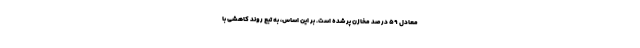
معادل ۵۹ درصد مخازن پر شده است. بر این اساس، به تبع روند کاهشی با